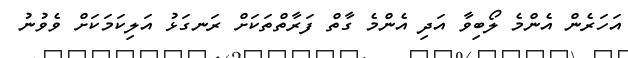
އަހަރެން އެންމެ ލޯބިވާ އަދި އެންމެ ގާތް ފަރާތްތަކަށް ރަނގަޅު އަލިކަމަކަށް ވެވުނު